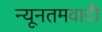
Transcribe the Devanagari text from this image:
न्यूनतमवादी